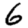
Digit: 6